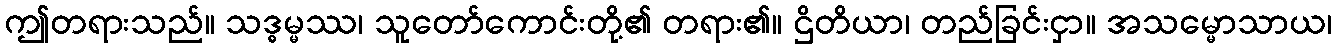
ဤတရားသည်။ သဒ္ဓမ္မဿ၊ သူတော်ကောင်းတို့၏ တရား၏။ ဌိတိယာ၊ တည်ခြင်းငှာ။ အသမ္မောသာယ၊